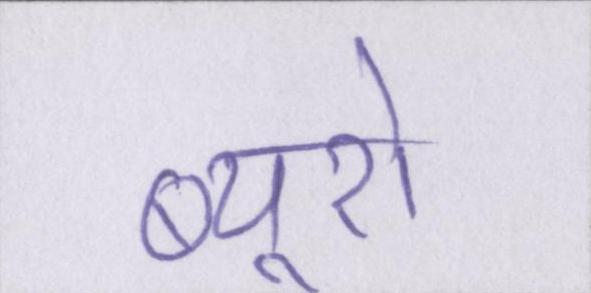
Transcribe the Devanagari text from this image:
ब्यूरो